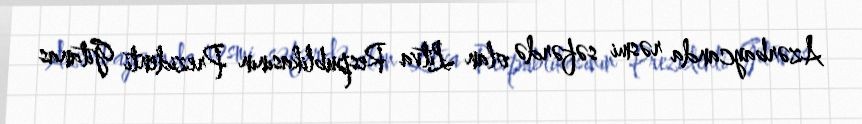
Azərbaycanda rəsmi səfərdə olan Litva Respublikasının Prezidenti Gitanas